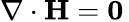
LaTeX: \nabla\cdot\mathbf{H}=\mathbf{0}\,